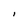
Character: I